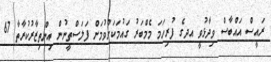
ރައީސް އައްބާސް ވިދާޅުވީ އދގެ ފުރިހަމަ މެމްބަރު ގައުމަކަށްވުމަށް ފަލަސްތީނުން އިންތިޒާރުކުރާތާ 67